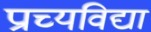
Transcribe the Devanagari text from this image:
प्राच्‍यविद्या